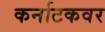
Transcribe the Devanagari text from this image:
कर्नाटकवर